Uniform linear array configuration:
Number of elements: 12
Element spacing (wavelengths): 0.75
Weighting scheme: hann
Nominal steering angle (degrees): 15
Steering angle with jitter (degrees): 14.428
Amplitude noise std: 0.05
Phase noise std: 0.05

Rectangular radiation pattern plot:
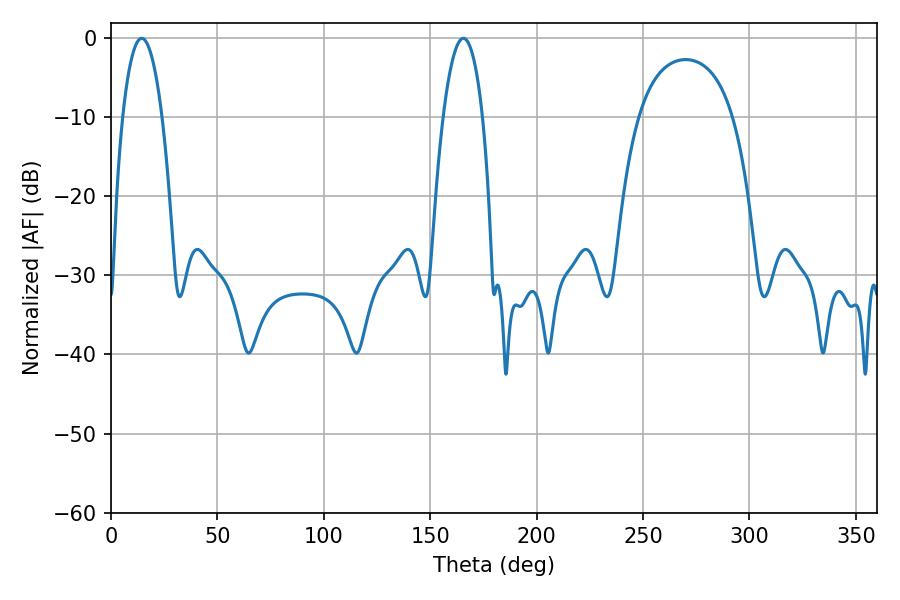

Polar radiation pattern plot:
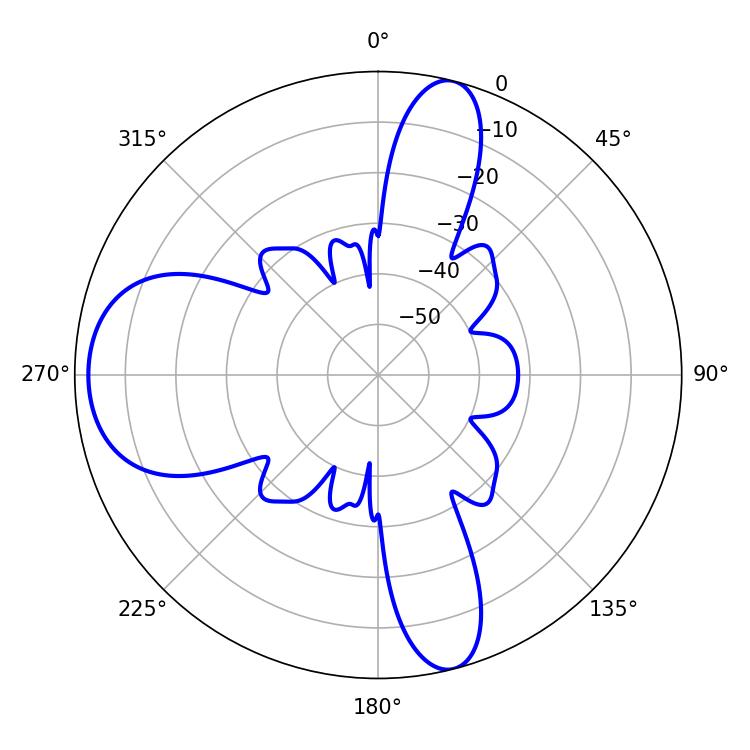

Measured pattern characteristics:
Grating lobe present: TRUE
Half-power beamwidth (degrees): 10.26
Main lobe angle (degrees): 14.4